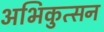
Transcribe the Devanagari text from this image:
अभिकुत्सन